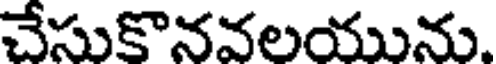
చేసుకొనవలయును.